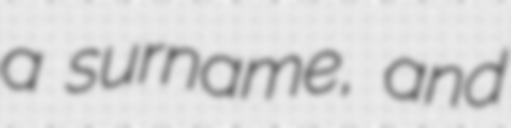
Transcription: a surname, and